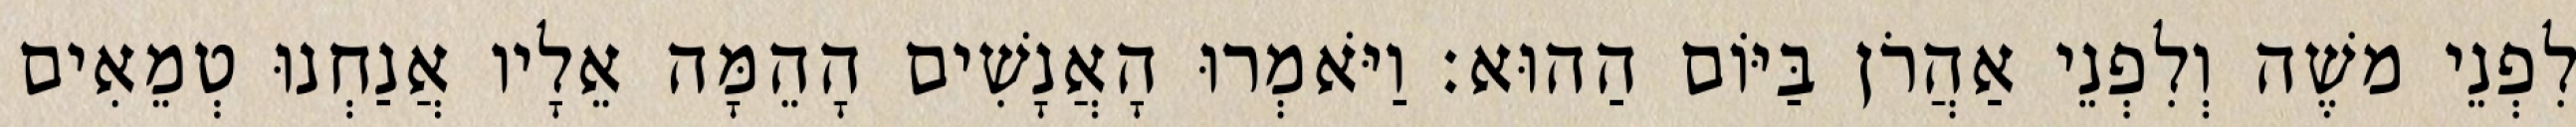
לִפְנֵי משֶׁה וְלִפְנֵי אַהֲרֹן בַּיּוֹם הַהוּא׃ וַיֹּאמְרוּ הָאֲנָשִׁים הָהֵמָּה אֵלָיו אֲנַחְנוּ טְמֵאִים